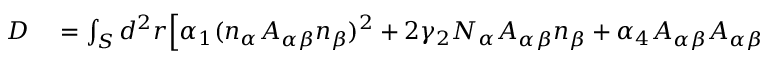
\begin{array} { r l } { D } & { { } = \int _ { S } d ^ { 2 } r \Big [ \alpha _ { 1 } ( n _ { \alpha } A _ { \alpha \beta } n _ { \beta } ) ^ { 2 } + 2 \gamma _ { 2 } N _ { \alpha } A _ { \alpha \beta } n _ { \beta } + \alpha _ { 4 } A _ { \alpha \beta } A _ { \alpha \beta } } \end{array}